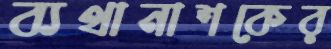
ব্যথানাশকের